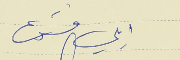
ايلي قشوع